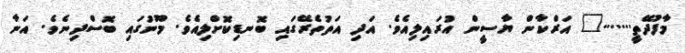
މާފުދޭތީ......." އަރްކާން ޔާސީން އުރައިލިއެވެ. އަދި އަތުތެރޭގައި ބޮނޑިކޮށްލިއެވެ. މޫނުގައި ބޮސްދިނެވެ. އަނާ